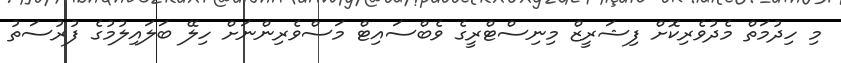
މި ހިދުމަތް މެދުވެރިކޮށް ފިޝަރީޒް މިނިސްޓްރީގެ ވެބްސައިޓް މަސްވެރިންނަށް ހިލޭ ބަލައިލުމުގެ ފުރުސަތު